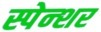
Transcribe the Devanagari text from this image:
स्पेन्शर